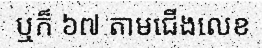
ឬក៏ ៦៧ តាមជើងលេខ